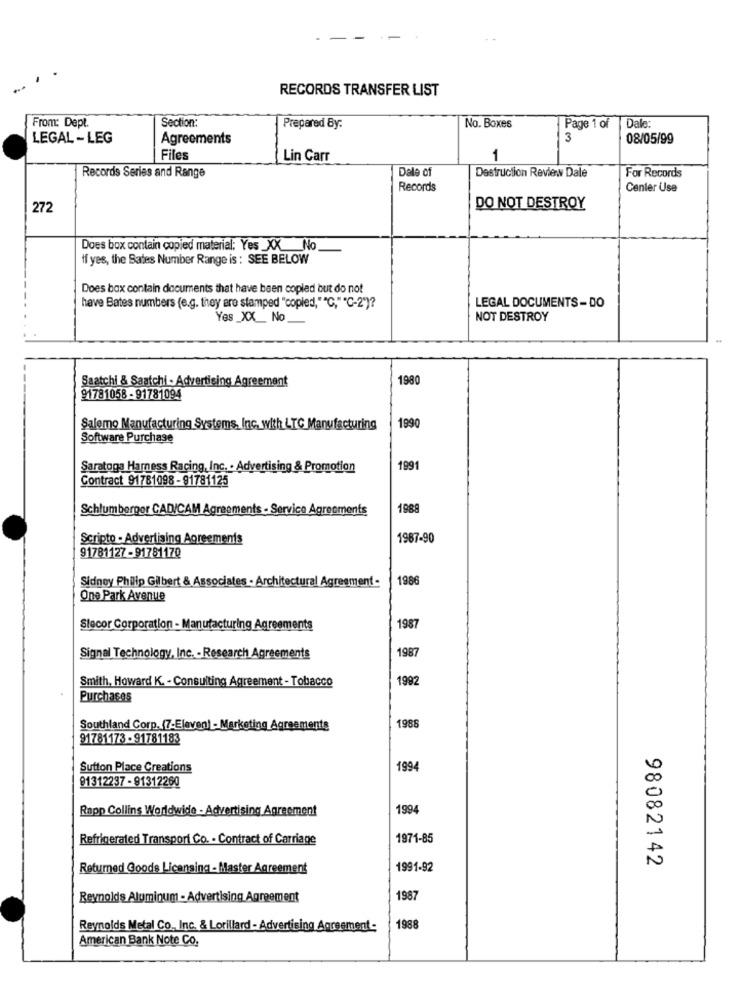
RECORDS TRANSFER LIST
From: Dept.
Section:
Prepared By:
No. Boxes
Page 1 of
Dale:
LEGAL - LEG
Agreements
3
08/05/99
Files
Lin Carr
1
Dale of
Destruction Review Dale
For Records
Records Series and Range
Records
Center Use
272
DO NOT DESTROY
Does box contain copied material: Yes _XX No
ff yes, the Bates Number Range is : SEE BELOW
Does box contain documents that have been copied but do not
have Bates numbers (e.g. they are stamped "copied,""C," "C-2")?
LEGAL DOCUMENTS- DO
Yes _XX __ No_
NOT DESTROY
Saatchi & Saatchi - Advertising Agreement
1980
91781058 - 91781094
Salemo Manufacturing Systems, Inc. with LTC Manufacturing
1990
Software Purchase
Saratoga Harness Racing, Inc. . Advertising & Promotion
1991
Contract 91781098 - 91781125
Schlumberger CAD/CAM Agreements - Service Agreements
1988
Scripto - Advertising Agreements
1987-90
91781127 -91781170
Sidney Philip Gilbert & Associates - Architectural Agreement-
1986
One Park Avenue
Slecor Corporation - Manufacturing Agreements
1987
1987
Signal Technology, Inc. - Research Agreements
Smith, Howard K. - Consulting Agreement - Tobacco
1992
Purchases
Southland Corp. (7-Eleven) - Marketing Agreements
1988
91781173 - 91781183
Sutton Place Creations
1994
91312237 - 91312260
Rapp Collins Worldwide - Advertising Agreement
1994
Refrigerated Transport Co. - Contract of Carriage
1971-85
98082142
Returned Goods Licensing - Master Agreement
1991-92
Reynolds Aluminum - Advertising Agreement
1987
Reynolds Metal Co ., Inc. & Lorillard - Advertising Agreement-
1988
American Bank Note Co.